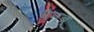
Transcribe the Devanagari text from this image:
वैनब्रू